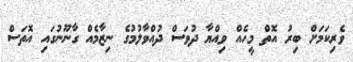
ވެރިކަމަށް ބިރު އޮތް މީހެއް ވިއްޔާ ދުވަސްް ދުއްވާލުމުގެ ނިޒާމެއް ގާނޫނުގައި އޮތަސް